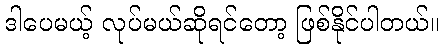
ဒါပေမယ့် လုပ်မယ်ဆိုရင်တော့ ဖြစ်နိုင်ပါတယ်။